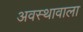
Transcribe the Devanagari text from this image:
अवस्थावाला